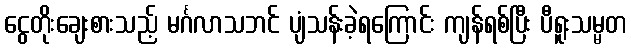
ငွေတိုးချေးစားသည့် မင်္ဂလာသဘင် ပျံသန်းခဲ့ရကြောင်း ကျန်ရစ်ပြီး ပီရူးသမ္မတ